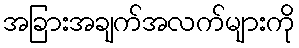
အခြားအချက်အလက်များကို